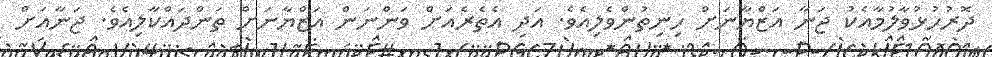
ދޮރުހުޅުވާލުމާއެކު ޖަނާ އަޒްޔާނަށް ހިނިތުންވެލިއެވެ. އަދި އެތެރެއަށް ވަންނަން އަޒްޔާނަށް ތަންދައްކާލިއެވެ. ޖަނާއަށް